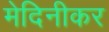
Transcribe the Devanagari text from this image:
मेदिनीकर